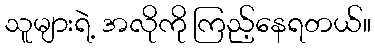
သူများရဲ့ အလိုကို ကြည့်နေရတယ်။